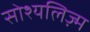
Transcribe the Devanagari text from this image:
सोश्यलिज़्म